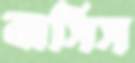
বাসিস